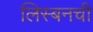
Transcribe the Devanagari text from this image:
लिस्बनची